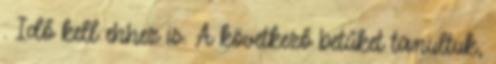
. Idő kell ehhez is. A következő betűket tanultuk,